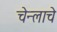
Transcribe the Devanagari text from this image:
चेन्लाचे